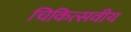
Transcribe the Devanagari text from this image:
चिकित्सवीय